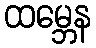
ထမ္ဘေန